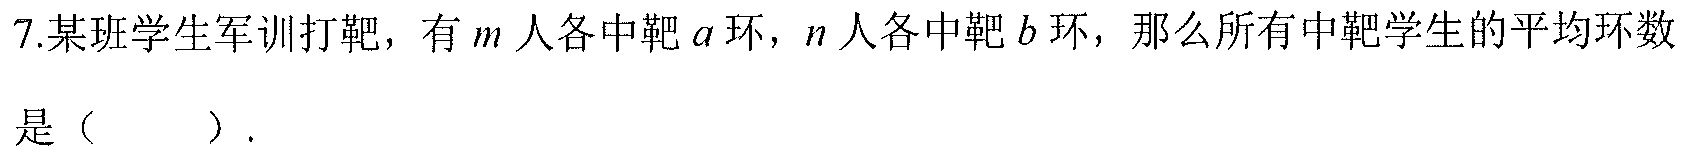
7.某班学生军训打靶，有\(m\)人各中靶\(a\)环，\(n\)人各中靶\(b\)环，那么所有中靶学生的平均环数是（  ）.